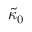
\tilde { \kappa } _ { 0 }